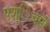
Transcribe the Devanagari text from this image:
पश्िचमी